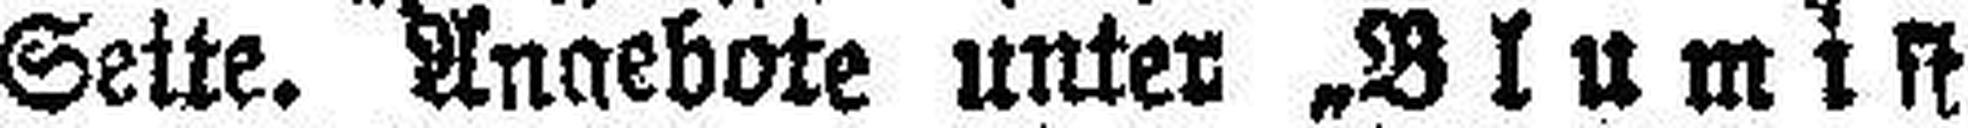
Seite. Angebote unter „Blumist